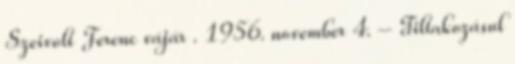
Szeivolt Ferenc vájár . 1956. november 4. – Tiltakozásul